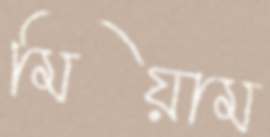
মিয়াম